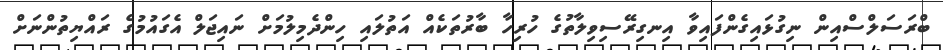
ބްރަސަލްސްއިން ނިގުޅައިގެންފައިވާ އިނގިރޭސިވިލާތުގެ ހުރިހާ ބާރުތަކެއް އަތުލައި ހިންދެމިލުމަށް ނައިޖަލް އެގައުމުގެ ރައްޔިތުންނަށް